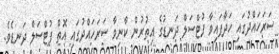
ސަރަހައްދުގައި ހަދާފައިވާ ފުޓްސަލް ދަނޑުގެ އިތުރުން ކާނިވާ ސަރަހައްދުގައި އޮތް ފުޓްސަލް ދަނޑެވެ.